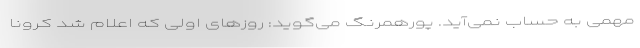
مهمی به حساب نمی‌آید. پورهمرنگ می‌گوید: روزهای اولی که اعلام شد کرونا